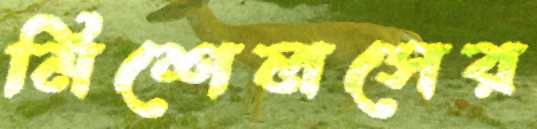
মিশেলসের